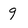
Character: 9